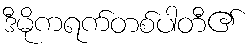
ဒီမိုကရက်တစ်ပါတီ၏